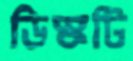
ডিস্কটি